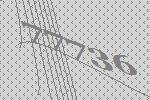
77736